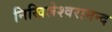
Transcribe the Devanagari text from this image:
निखिलेश्वरानन्द